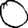
Digit: 0